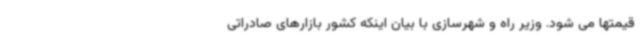
قیمتها می شود. وزیر راه و شهرسازی با بیان اینکه کشور بازارهای صادراتی